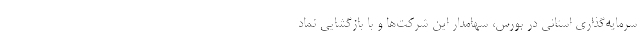
سرمایه‌گذاری استانی در بورس، سهامدار این شرکت‌ها و با بازگشایی نماد